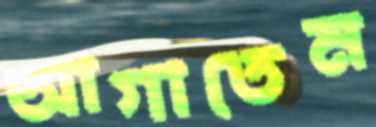
আগাতেম